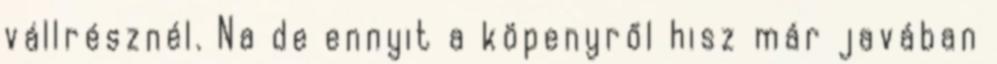
vállrésznél. Na de ennyit a köpenyről hisz már javában